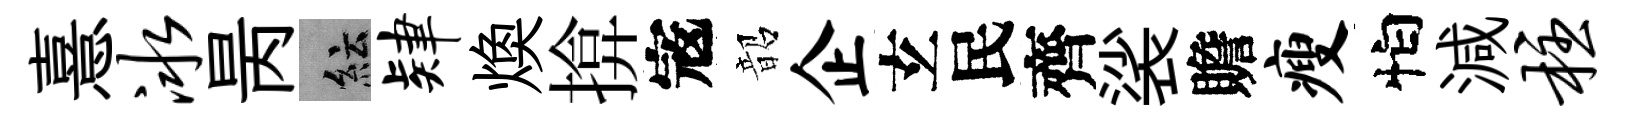
憙冰昺紜肄焕揜𡨥韶企𤣥民齊裟贍瘦怕減柱